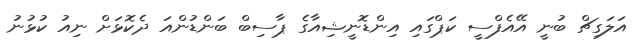
އަލަގިޗް ބުނީ އޭއެފްސީ ކަޕްގައި އިންޑޮނީޝިއާގެ ޕާސިބް ބަންޑުންއަ ދެކޮޅަށް ނިއު ކުޅުނު